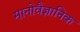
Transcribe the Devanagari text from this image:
मानोवैज्ञानिक